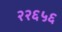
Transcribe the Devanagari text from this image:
२२६५६